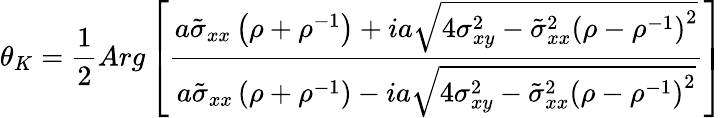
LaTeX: \theta_{K}=\frac{1}{2}Arg\left[\frac{a\tilde{\sigma}_{xx}\left(\rho+\rho^{-1}\right)+ia\sqrt{4\sigma_{xy}^{2}-\tilde{\sigma}_{xx}^{2}\left(\rho-\rho^{-1}\right)^{2}}}{a\tilde{\sigma}_{xx}\left(\rho+\rho^{-1}\right)-ia\sqrt{4\sigma_{xy}^{2}-\tilde{\sigma}_{xx}^{2}\left(\rho-\rho^{-1}\right)^{2}}}\right]